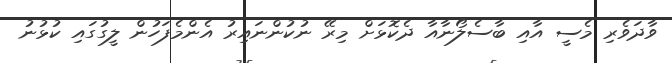
ވާދަވެރި މެސީ އާއި ބާސެލޯނާއާ ދެކޮޅަށް މިރޭ ނުކުންނައިރު އެންމެފަހުން ލީގުގައި ކުޅުނު